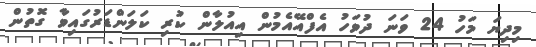
މިދިޔަ މަހު 24 ވަނަ ދުވަހު އެފްއޭއެމުން އިއުލާން ކުރި ކަލަންޑަރުގައިވާ ގޮތުން